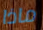
ماذا